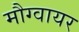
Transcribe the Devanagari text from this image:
मौग्वायर